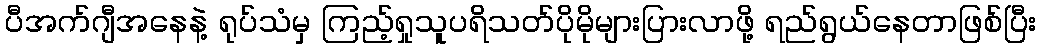
ပီအက်ဂျီအနေနဲ့ ရုပ်သံမှ ကြည့်ရှုသူပရိသတ်ပိုမိုများပြားလာဖို့ ရည်ရွယ်နေတာဖြစ်ပြီး